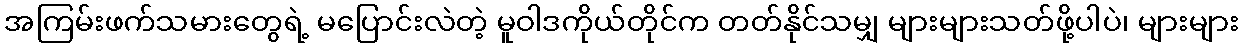
အကြမ်းဖက်သမားတွေရဲ့ မပြောင်းလဲတဲ့ မူဝါဒကိုယ်တိုင်က တတ်နိုင်သမျှ များများသတ်ဖို့ပါပဲ၊ များများ